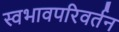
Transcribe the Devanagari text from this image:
स्वभावपरिवर्तन